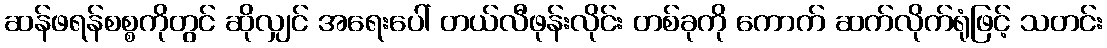
ဆန်ဖရန်စစ္စကိုတွင် ဆိုလျှင် အရေးပေါ် တယ်လီဖုန်းလိုင်း တစ်ခုကို ကောက် ဆက်လိုက်ရုံဖြင့် သတင်း